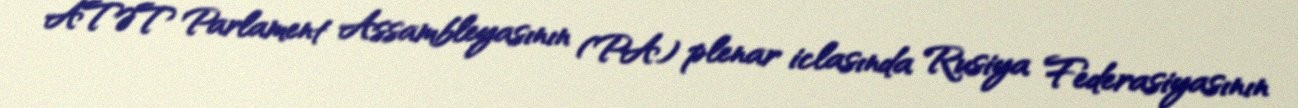
ATƏT Parlament Assambleyasının (PA) plenar iclasında Rusiya Federasiyasının